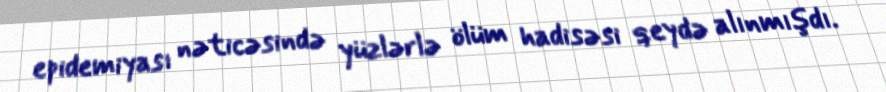
epidemiyası nəticəsində yüzlərlə ölüm hadisəsi qeydə alınmışdı.